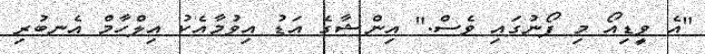
"އެ ވީޑިއޯ މި ފޯނުގައި ވެސް." އިންޝާގެ އަޑު އިވުމާއެކު އިލްހާމް އެނބުރި